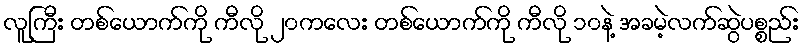
လူကြီး တစ်ယောက်ကို ကီလို ၂၀ကလေး တစ်ယောက်ကို ကီလို ၁၀နဲ့ အခမဲ့လက်ဆွဲပစ္စည်း